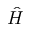
\hat { H }